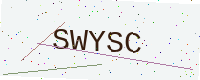
Text: SWYSC